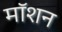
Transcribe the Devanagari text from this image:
माॅशन